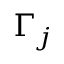
\Gamma _ { j }